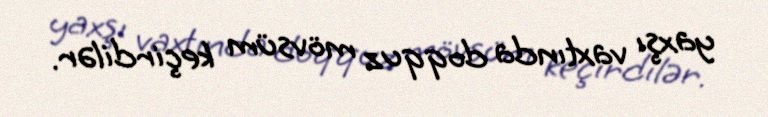
yaxşı vaxtında doqquz mövsüm keçirdilər.